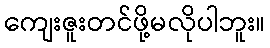
ကျေးဇူးတင်ဖို့မလိုပါဘူး။